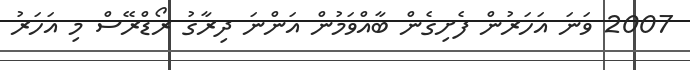
2007 ވަނަ އަހަރުން ފެށިގެން ބާއްވަމުން އަންނަ ދިރާގު ރޯޑްރޭސް މި އަހަރު